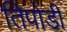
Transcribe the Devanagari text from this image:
तिपोडी